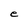
Character: e